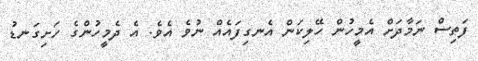
ފަތިސް ނަމާދަށް އެމީހުން ހޭލިކަން އެނގިފައެއް ނުވެ އެވެ. އެ ދެމީހުންގެ ހަށިގަނޑު